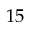
1 5